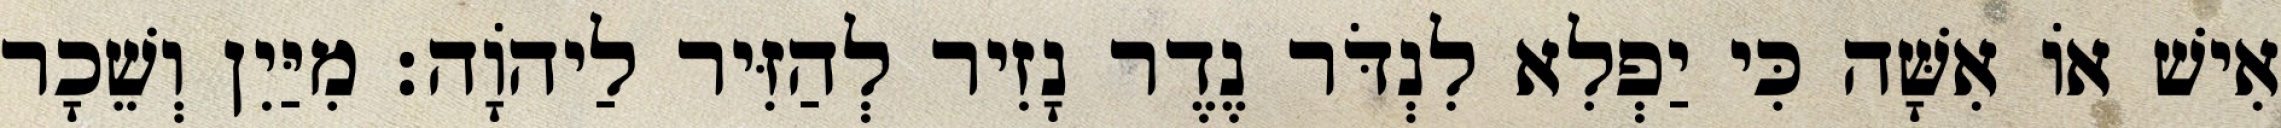
אִישׁ אוֹ אִשָּׁה כִּי יַפְלִא לִנְדֹּר נֶדֶר נָזִיר לְהַזִּיר לַיהוָֹה׃ מִיַּיִן וְשֵׁכָר